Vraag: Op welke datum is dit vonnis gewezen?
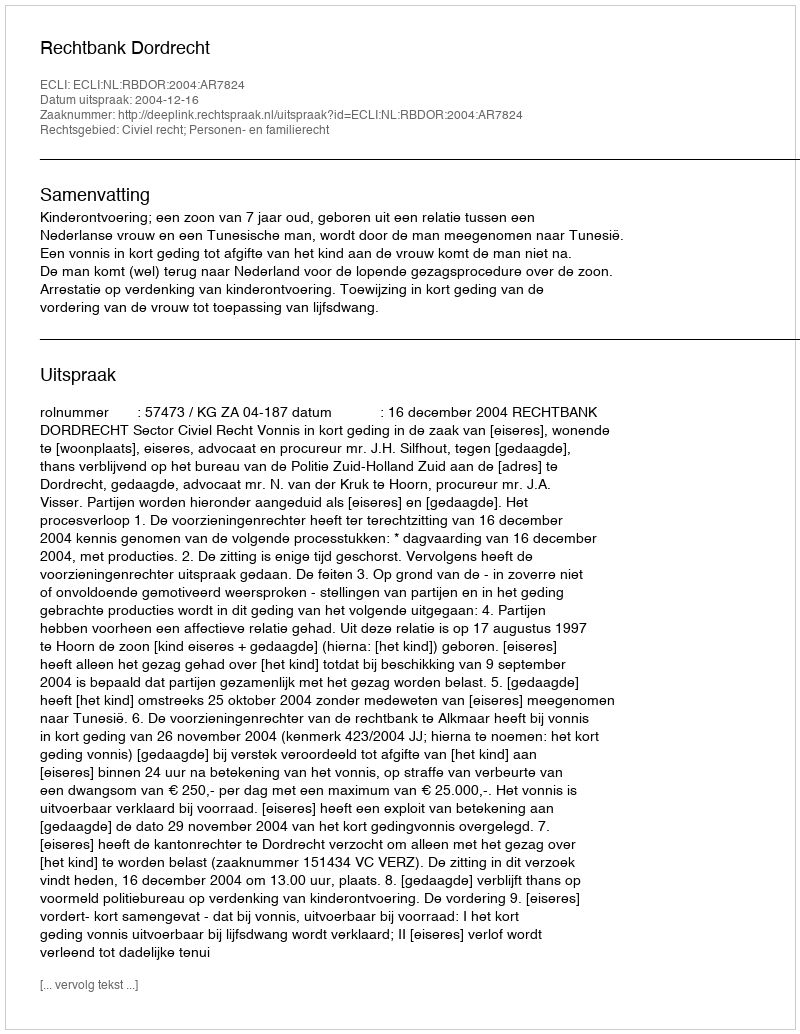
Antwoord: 2004-12-16